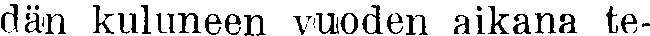
dän kuluneen vuoden aikana te-